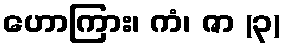
ဟောကြား၊ ကံ၊ ဇာ (၃)